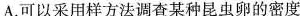
A.可以采用样方法调查某种昆虫卵的密度